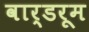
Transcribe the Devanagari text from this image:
वार्डरूम